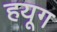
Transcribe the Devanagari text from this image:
हयूग